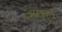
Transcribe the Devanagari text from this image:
अरगुत